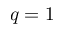
q = 1